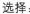
选择：